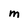
Character: m